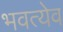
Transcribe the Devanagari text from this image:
भवत्येव